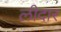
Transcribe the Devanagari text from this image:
लीदार